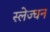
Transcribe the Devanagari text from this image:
स्लेज्धन